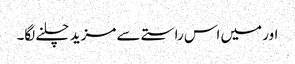
اور میں اس راستے سے مزید چلنے لگا۔